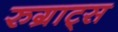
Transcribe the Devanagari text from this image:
रुग्राट्स